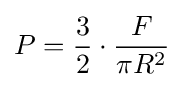
P={\frac {3}{2}}\cdot {\frac {F}{\pi R^{2}}}